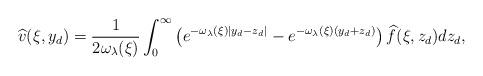
LaTeX: \begin{align*}\widehat{v}(\xi,y_d)=\frac{1}{2\omega_\lambda(\xi)} \int^{\infty}_0 \left(e^{-\omega_\lambda(\xi)|y_d-z_d|} - e^{-\omega_\lambda(\xi)(y_d+z_d)}\right)\widehat{f}(\xi,z_d)dz_d,\end{align*}